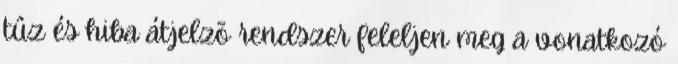
tûz és hiba átjelzõ rendszer feleljen meg a vonatkozó